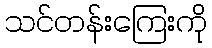
သင်တန်းကြေးကို